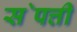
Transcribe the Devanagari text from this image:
स॓पत्ती